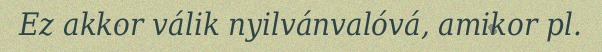
Ez akkor válik nyilvánvalóvá, amikor pl.